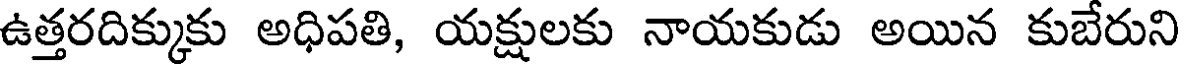
ఉత్తరదిక్కుకు అధిపతి, యక్షులకు నాయకుడు అయిన కుబేరుని